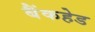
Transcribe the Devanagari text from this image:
बैंकहेड